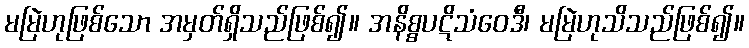
မမြဲဟုဖြစ်သော အမှတ်ရှိသည်ဖြစ်၍။ အနိစ္စပဋိသံဝေဒီ၊ မမြဲဟုသိသည်ဖြစ်၍။